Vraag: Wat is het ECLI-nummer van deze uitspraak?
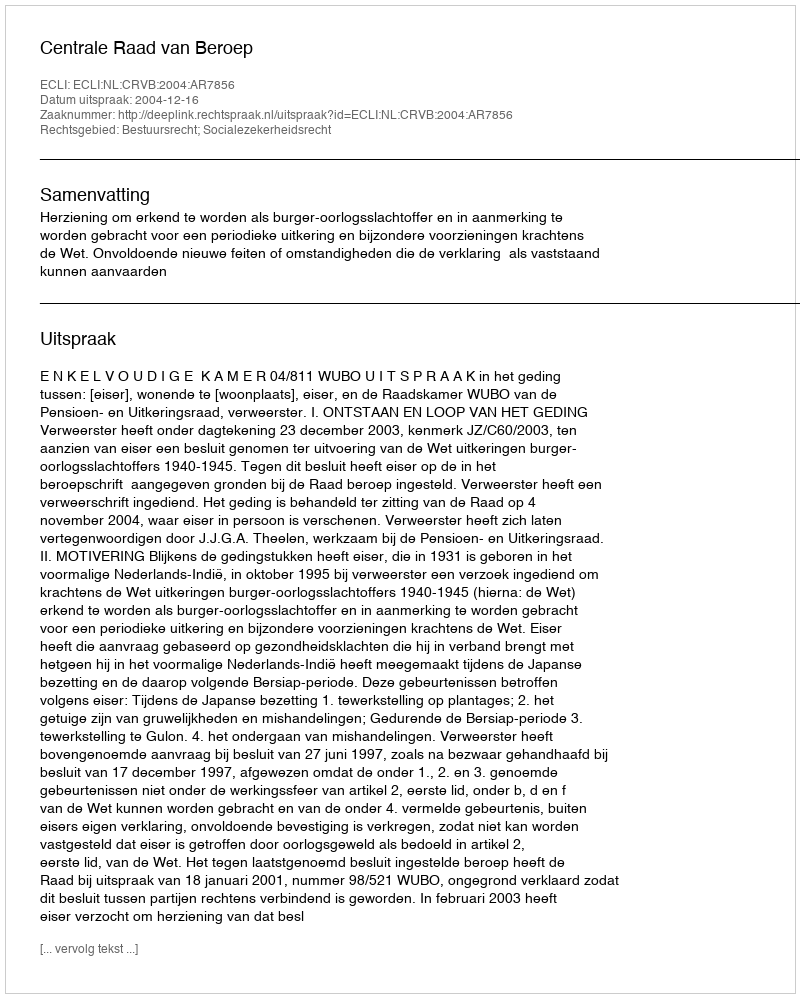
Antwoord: ECLI:NL:CRVB:2004:AR7856